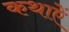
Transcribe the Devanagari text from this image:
कथाऐं